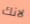
لانك